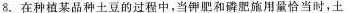
8.在种植某品种土豆的过程中，当钾肥和磷肥施用量恰当时，土